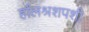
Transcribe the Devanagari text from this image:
र्हालश्रशपशी